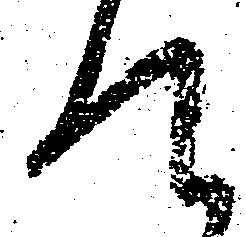
て